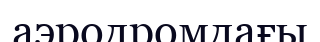
аэродромдағы